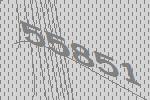
55851